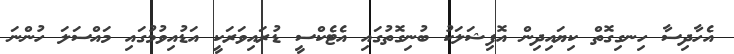
އެހާދިސާ ހިނގިގޮތް ކިޔައިދިން އޮފިޝަލަކު ބުނިގޮތުގައި އެޓެކްސީ ޑުރައިވަރަކީ އަޑުއިވުމުގައި މައްސަލަ ހުންނަ